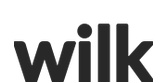
wilk